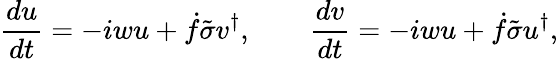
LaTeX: \frac{du}{dt}=-iwu+{\dot{f}}\tilde{\sigma}v^{\dagger},\qquad\frac{dv}{dt}=-iwu+{\dot{f}}\tilde{\sigma}u^{\dagger},